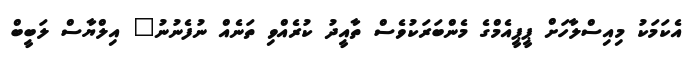
އެކަމަކު މިއިސްލާހަށް ޕީޕީއެމްގެ މެންބަރަކުވެސް ތާއީދު ކުރެއްވި ތަނެއް ނުފެނުނު" އިލްޔާސް ލަބީބް